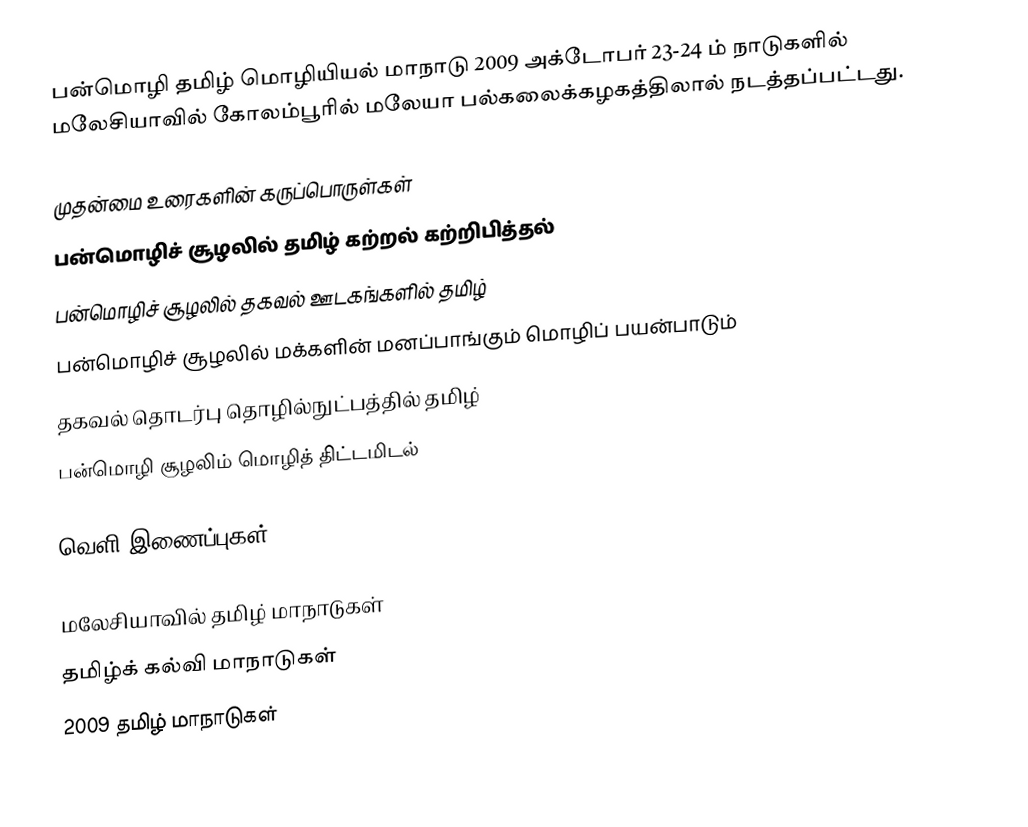
பன்மொழி தமிழ் மொழியியல் மாநாடு 2009 அக்டோபர் 23-24 ம் நாடுகளில் மலேசியாவில் கோலம்பூரில் மலேயா பல்கலைக்கழகத்திலால் நடத்தப்பட்டது.

முதன்மை உரைகளின் கருப்பொருள்கள்
 பன்மொழிச் சூழலில் தமிழ் கற்றல் கற்றிபித்தல்
 பன்மொழிச் சூழலில் தகவல் ஊடகங்களில் தமிழ்
 பன்மொழிச் சூழலில் மக்களின் மனப்பாங்கும் மொழிப் பயன்பாடும்
 தகவல் தொடர்பு தொழில்நுட்பத்தில் தமிழ்
 பன்மொழி சூழலிம் மொழித் திட்டமிடல்

வெளி இணைப்புகள்

மலேசியாவில் தமிழ் மாநாடுகள்
தமிழ்க் கல்வி மாநாடுகள்
2009 தமிழ் மாநாடுகள்